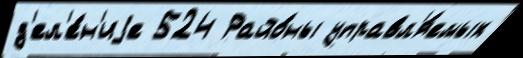
д'ел'е́н'иjе 524 Райо́ны управл'я́емых